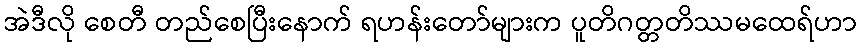
အဲဒီလို စေတီ တည်စေပြီးနောက် ရဟန်းတော်များက ပူတိဂတ္တတိဿမထေရ်ဟာ